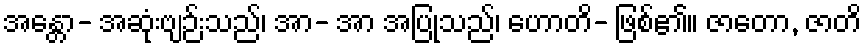
အန္တော- အဆုံးဗျဉ်းသည်၊ အာ- အာ အပြုသည်၊ ဟောတိ- ဖြစ်၏။ ဇာတော, ဇာတိ